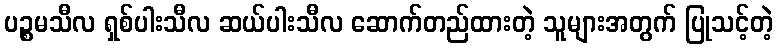
ပဉ္စမသီလ ရှစ်ပါးသီလ ဆယ်ပါးသီလ ဆောက်တည်ထားတဲ့ သူများအတွက် ပြုသင့်တဲ့